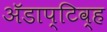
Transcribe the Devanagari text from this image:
अॅडाप्टिव्ह